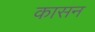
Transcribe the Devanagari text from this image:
कासन